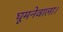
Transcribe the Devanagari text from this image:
घूमनेवाला।